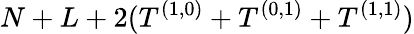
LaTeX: N+L+2(T^{(1,0)}+T^{(0,1)}+T^{(1,1)})